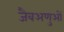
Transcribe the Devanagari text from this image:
जैवअणुओं